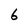
Character: 6